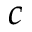
c